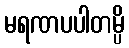
မရဏပပါတမ္ပိ